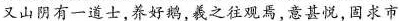
又山有一通士，养好鹅，羲之往观恶，意甚悦，因求市